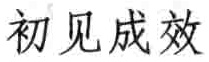
初见成效